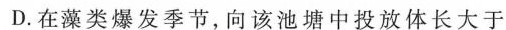
D.在藻类爆发季节，向该池塘中投放体长大于